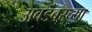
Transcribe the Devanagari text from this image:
अवडंबरच्या